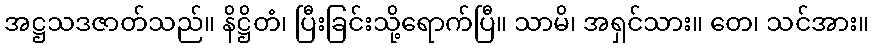
အဋ္ဌသဒဇာတ်သည်။ နိဋ္ဌိတံ၊ ပြီးခြင်းသို့ရောက်ပြီ။ သာမိ၊ အရှင်သား။ တေ၊ သင်အား။